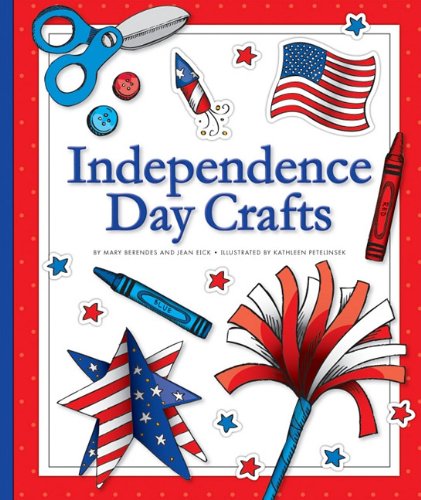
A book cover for Independence Day Crafts (Craftbooks); Mary Berendes; Children's Books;